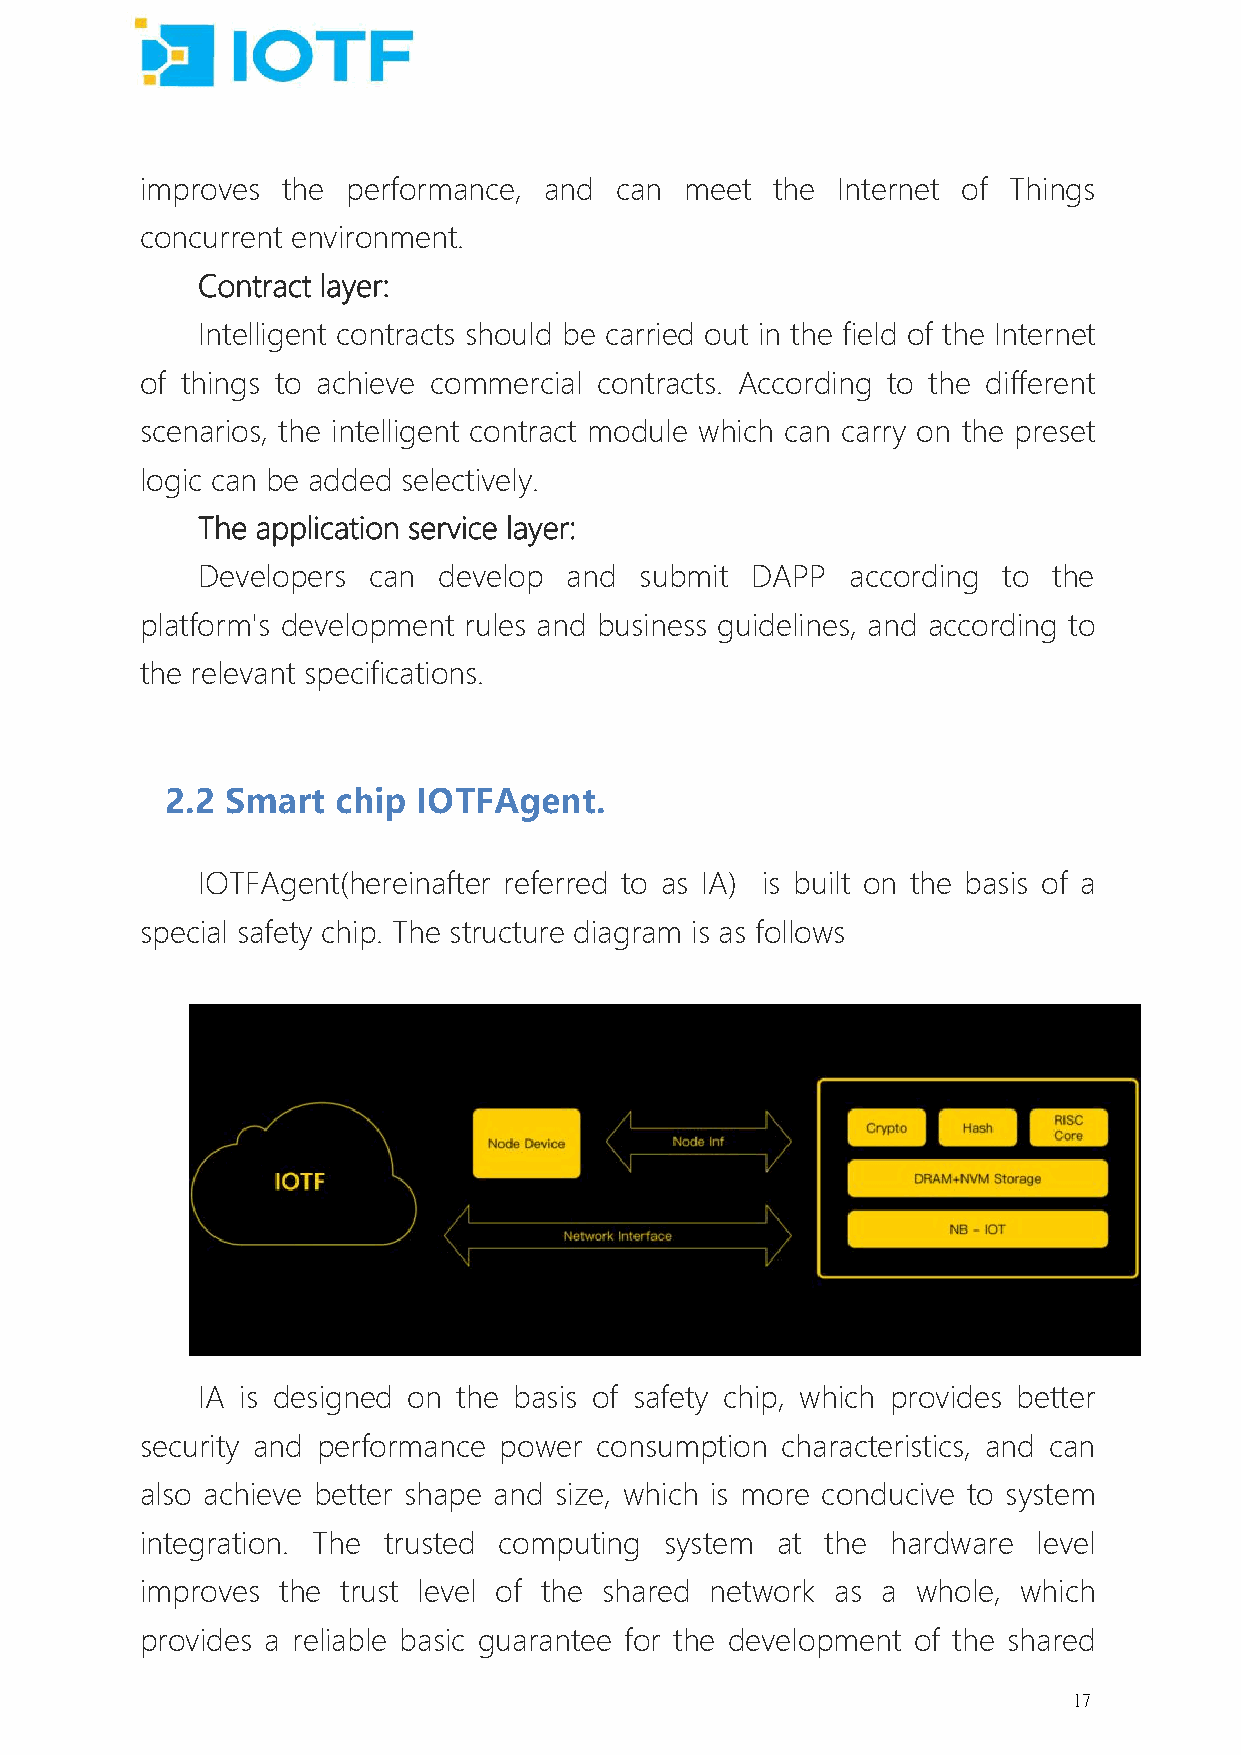
improves  the performance, and  can meet  the Internet of Things
 concurrent environment.
 Contract layer:
 Intelligent contracts should be carried out in the field of the Internet
 of things to achieve commercial contracts. According to the different
 scenarios, the intelligent contract module which can carry on the preset
 logic can be added selectively.
 The application service layer:
 Developers can  develop and  submit  DAPP  according to  the
 platform's development rules and business guidelines, and according to
 the relevant specifications.
 2.2 Smart  chip  IOTFAgent.
 IOTFAgent(hereinafter referred to as IA) is built on the basis of a
 special safety chip. The structure diagram is as follows
 IA is designed on the basis of safety chip, which provides better
 security and performance power consumption characteristics, and can
 also achieve better shape and size, which is more conducive to system
 integration. The trusted computing system at  the hardware  level
 improves the  trust level of the shared network as a whole, which
 provides a reliable basic guarantee for the development of the shared
 17